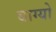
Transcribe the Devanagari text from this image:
बाग्यो